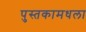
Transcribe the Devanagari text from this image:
पुस्तकामधला